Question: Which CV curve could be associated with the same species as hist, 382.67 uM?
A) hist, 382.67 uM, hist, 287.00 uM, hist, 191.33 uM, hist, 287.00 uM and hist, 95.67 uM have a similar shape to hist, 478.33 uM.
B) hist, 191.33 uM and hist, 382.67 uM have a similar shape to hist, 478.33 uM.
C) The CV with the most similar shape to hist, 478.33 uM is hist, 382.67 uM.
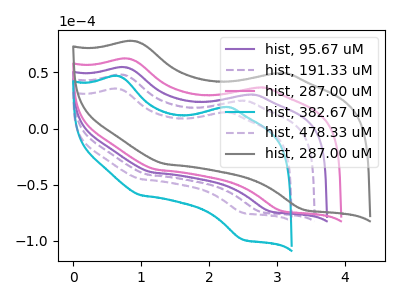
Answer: <think>The purple curve "hist, 95.67 uM" has anodic peaks at (0.80V, 54.35uA) (2.55V, 30.10uA) and cathodic peaks at (1.15V, -38.95uA) (2.90V, -73.60uA). The purple dashed curve "hist, 191.33 uM" has anodic peaks at (0.75V, 47.70uA) (2.45V, 24.65uA) and cathodic peaks at (1.10V, -41.05uA) (2.75V, -74.00uA). The pink curve "hist, 287.00 uM" has anodic peaks at (0.85V, 62.00uA) (2.70V, 36.40uA) and cathodic peaks at (1.25V, -36.50uA) (3.05V, -73.10uA). The cyan curve "hist, 382.67 uM" has anodic peaks at (0.70V, 46.55uA) (2.20V, 19.05uA) and cathodic peaks at (1.00V, -59.30uA) (2.50V, -98.65uA). The purple dashed curve "hist, 478.33 uM" has anodic peaks at (0.70V, 35.30uA) (2.20V, 14.45uA) and cathodic peaks at (1.00V, -45.00uA) (2.50V, -74.80uA). The gray curve "hist, 287.00 uM" has anodic peaks at (0.90V, 77.60uA) (3.00V, 49.25uA) and cathodic peaks at (1.35V, -31.55uA) (3.40V, -72.10uA).
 "hist, 95.67 uM" and "hist, 191.33 uM" have at least one peak that do not match. "hist, 95.67 uM" and "hist, 287.00 uM" have at least one peak that do not match. "hist, 95.67 uM" and "hist, 382.67 uM" have at least one peak that do not match. "hist, 95.67 uM" and "hist, 478.33 uM" have at least one peak that do not match. "hist, 95.67 uM" and "hist, 287.00 uM" have at least one peak that do not match. "hist, 191.33 uM" and "hist, 287.00 uM" have at least one peak that do not match. "hist, 191.33 uM" and "hist, 382.67 uM" have at least one peak that do not match. "hist, 191.33 uM" and "hist, 478.33 uM" have at least one peak that do not match. "hist, 191.33 uM" and "hist, 287.00 uM" have at least one peak that do not match. "hist, 287.00 uM" and "hist, 382.67 uM" have at least one peak that do not match. "hist, 287.00 uM" and "hist, 478.33 uM" have at least one peak that do not match. "hist, 287.00 uM" and "hist, 287.00 uM" have at least one peak that do not match. All the peaks in "hist, 382.67 uM" have a peak in "hist, 478.33 uM" at the same potential. Every peak in "hist, 382.67 uM" is higher than every peak in "hist, 478.33 uM". "hist, 382.67 uM" and "hist, 287.00 uM" have at least one peak that do not match. "hist, 478.33 uM" and "hist, 287.00 uM" have at least one peak that do not match.</think>
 <answer>C) The CV with the most similar shape to "hist, 478.33 uM" is "hist, 382.67 uM".</answer>
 <eval>C</eval>